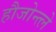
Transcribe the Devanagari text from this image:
हौजोन्त्ले